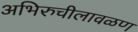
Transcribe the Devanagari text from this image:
अभिरुचीलावळण